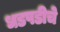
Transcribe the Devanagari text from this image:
धडपडीचे